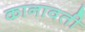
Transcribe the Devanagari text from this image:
कानावती